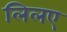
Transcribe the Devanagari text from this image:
लिलए